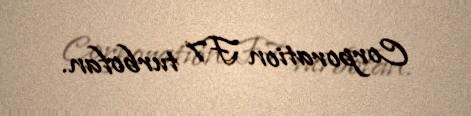
Corporation F7 turbofan.